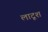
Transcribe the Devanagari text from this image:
लाटूश